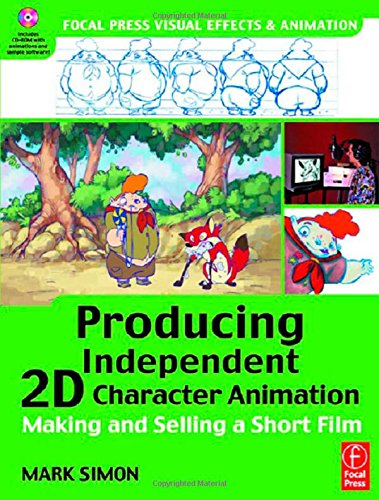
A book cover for Producing Independent 2D Character Animation: Making & Selling A Short Film (Focal Press Visual Effects and Animation); Mark A. Simon; Humor & Entertainment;